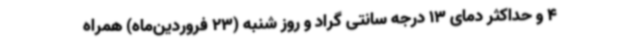
4 و حداکثر دمای 13 درجه سانتی گراد و روز شنبه (23 فروردین‌ماه) همراه